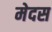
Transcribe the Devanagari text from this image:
मेदस